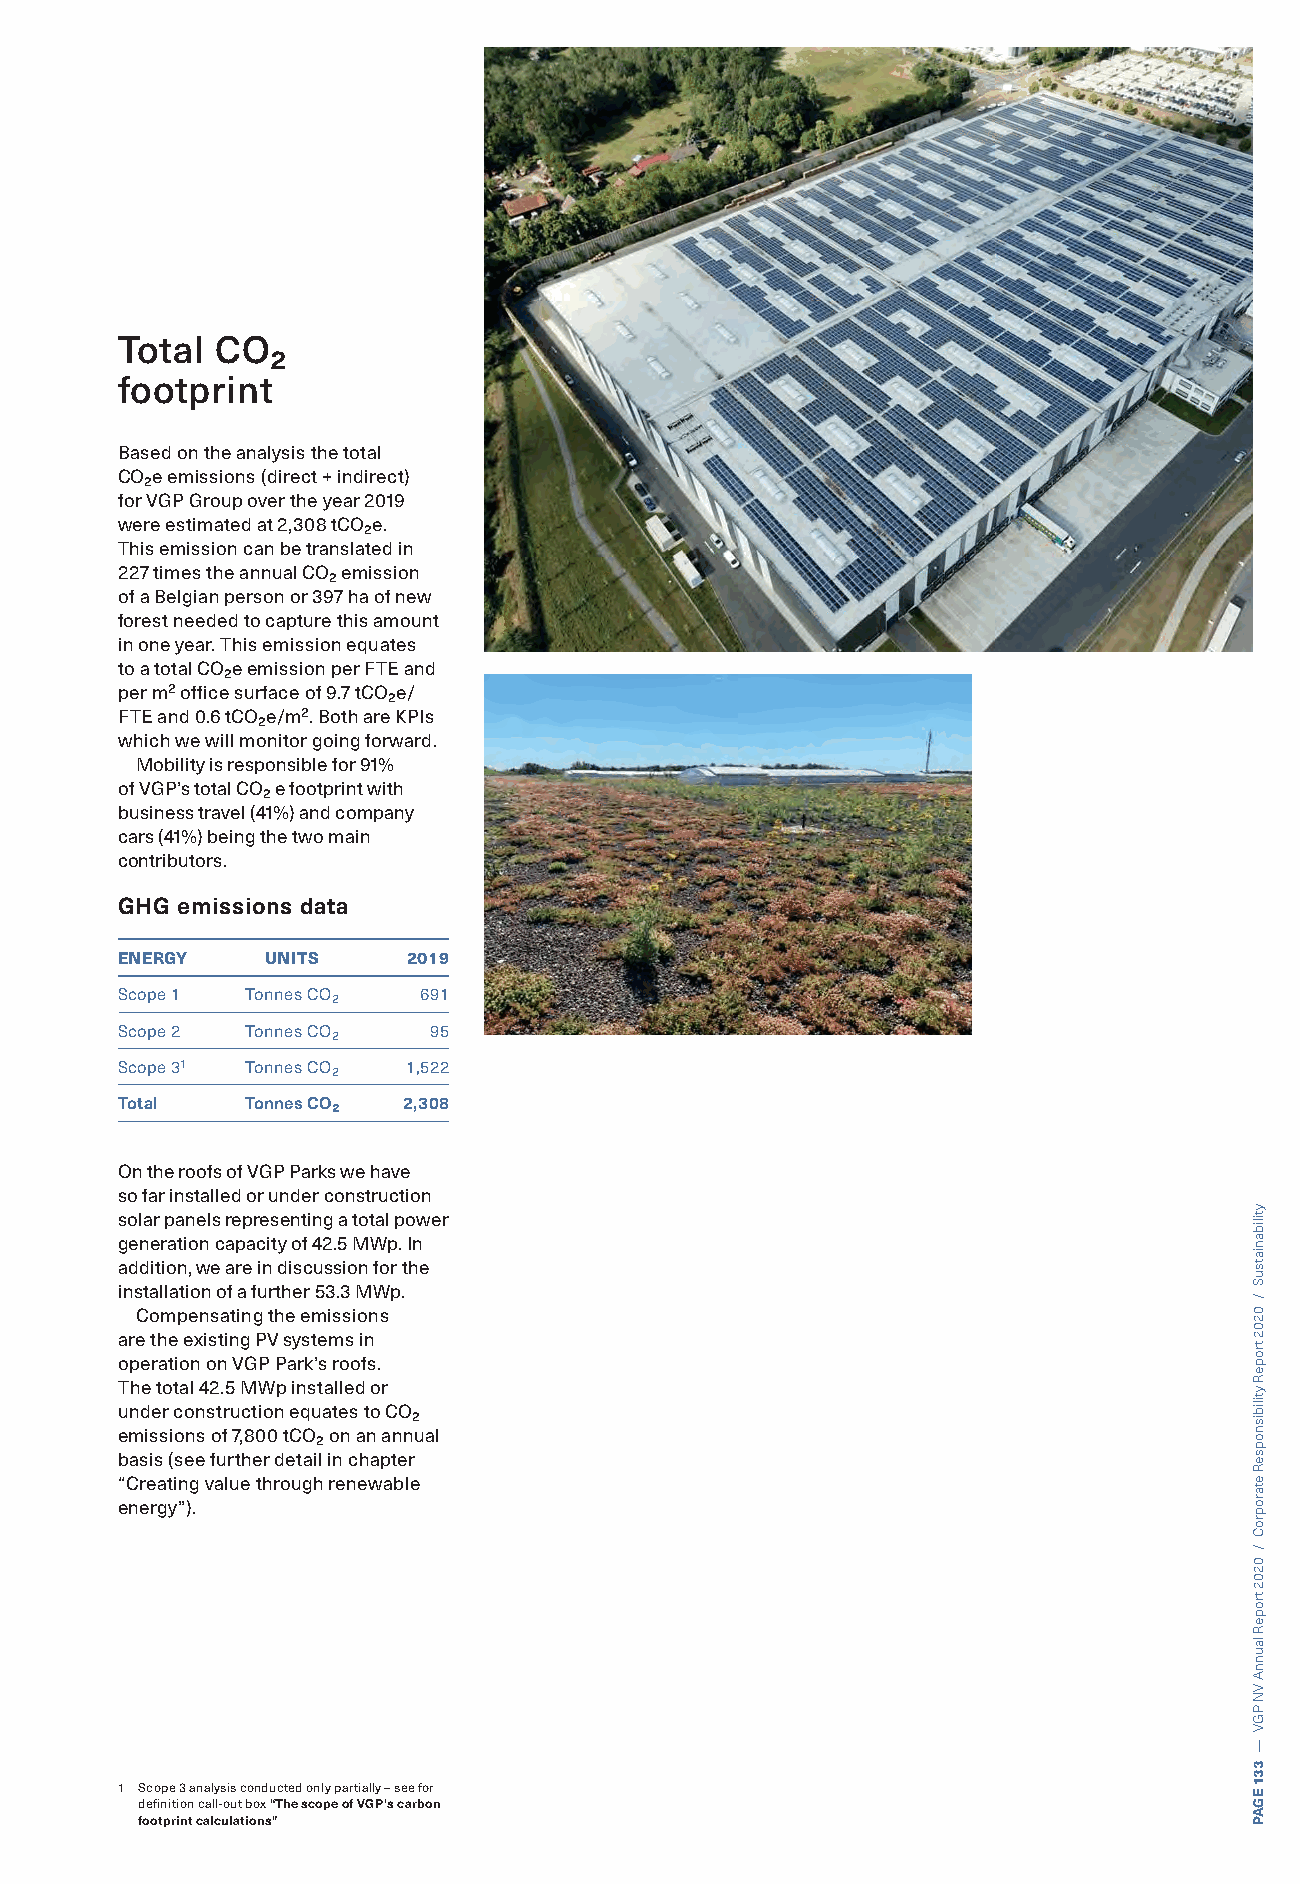
Total CO₂
 footprint
 Based on the analysis the total
 CO₂e emissions (direct + indirect)
 for VGP Group over the year 2019
 were estimated at 2,308 tCO₂e.
 This emission can be translated in
 227 times the annual CO₂ emission
 of a Belgian person or 397 ha of new
 forest needed to capture this amount
 in one year. This emission equates
 to a total CO₂e emission per FTE and
 per m² office surface of 9.7 tCO₂e/
 FTE and 0.6 tCO₂e/m². Both are KPIs
 which we will monitor going forward.
 Mobility is responsible for 91%
 of VGP’s total CO₂ e footprint with
 business travel (41%) and company
 cars (41%) being the two main
 contributors.
 GHG emissions data
 ENERGY    UNITS    2019
 Scope 1 Tonnes CO₂  691
 Scope 2 Tonnes CO₂  95
 Scope 3¹ Tonnes CO₂ 1,522
 Total   Tonnes CO₂ 2,308
 On the roofs of VGP Parks we have
 so far installed or under construction
 solar panels representing a total power
 generation capacity of 42.5 MWp. In
 addition, we are in discussion for the
 installation of a further 53.3 MWp.
 Compensating the emissions
 are the existing PV systems in
 operation on VGP Park’s roofs.
 The total 42.5 MWp installed or
 under construction equates to CO₂
 emissions of 7,800 tCO₂ on an annual
 basis (see further detail in chapter
 “Creating value through renewable
 energy”).
 1 Scope 3 analysis conducted only partially – see for
 definition call-out box “The scope of VGP’s carbon
 footprint calculations”
 ytilibaniatsuS
 /
 0202
 tropeR
 ytilibisnopseR
 etaroproC
 /
 0202
 tropeR
 launnA
 VN
 PGV
 —
 331
 EGAP